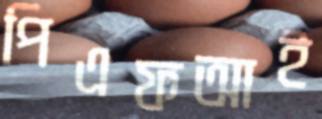
পিএফআই